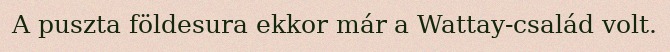
A puszta földesura ekkor már a Wattay-család volt.